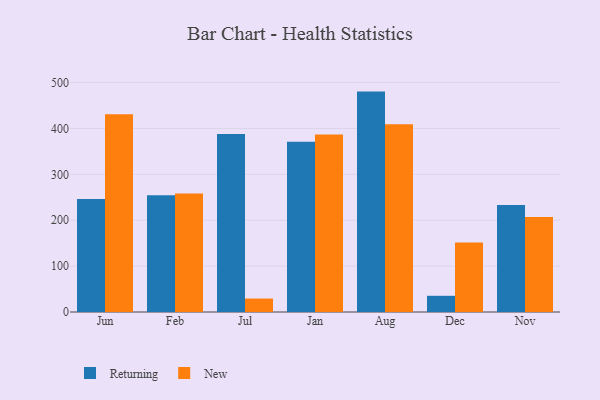
{"axis": {"x": "Month", "y": "Conversion Rate (%)"}, "legend": ["New", "Returning"], "data": [{"x": "Jun", "y": 246.1, "type": "Returning"}, {"x": "Jun", "y": 431.0, "type": "New"}, {"x": "Feb", "y": 254.5, "type": "Returning"}, {"x": "Feb", "y": 258.1, "type": "New"}, {"x": "Jul", "y": 388.1, "type": "Returning"}, {"x": "Jul", "y": 29.3, "type": "New"}, {"x": "Jan", "y": 371.1, "type": "Returning"}, {"x": "Jan", "y": 387.0, "type": "New"}, {"x": "Aug", "y": 480.3, "type": "Returning"}, {"x": "Aug", "y": 409.1, "type": "New"}, {"x": "Dec", "y": 35.3, "type": "Returning"}, {"x": "Dec", "y": 151.5, "type": "New"}, {"x": "Nov", "y": 233.0, "type": "Returning"}, {"x": "Nov", "y": 206.8, "type": "New"}]}